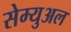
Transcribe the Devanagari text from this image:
सेम्‍युअल